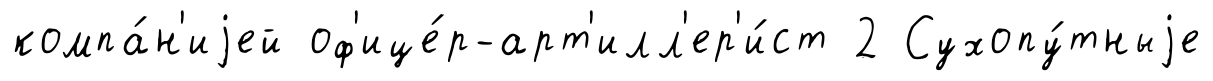
компа́н'иjей оф'ице́р-арт'илл'ер'и́ст 2 Сухопу́тныjе